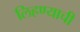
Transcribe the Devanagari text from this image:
लिहण्याची